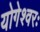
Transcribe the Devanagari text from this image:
योगेश्वरः